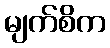
မျက်စိက